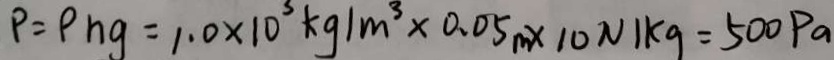
P = P h g = 1 . 0 \times 1 0 ^ { 3 } k g / m ^ { 3 } \times 0 . 0 5 m \times 1 0 N k g = 5 0 0 P a